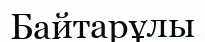
Байтарұлы